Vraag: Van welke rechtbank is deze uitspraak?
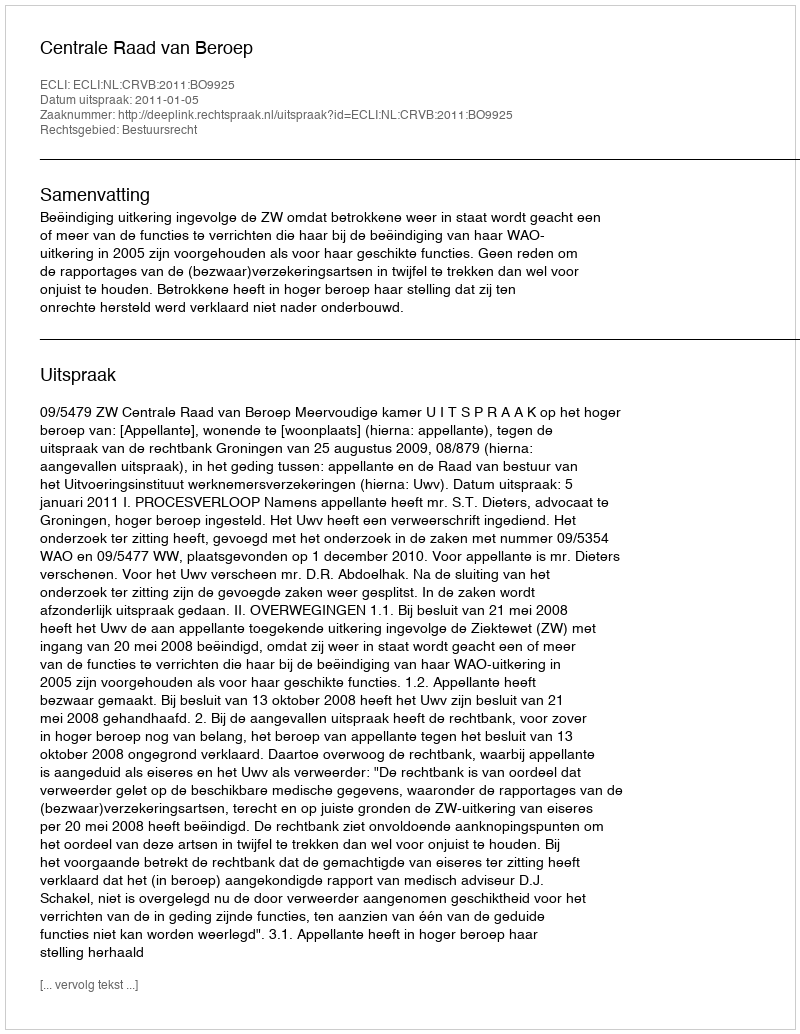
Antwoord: Centrale Raad van Beroep